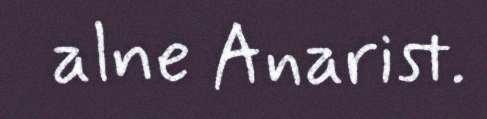
alne Anarist.